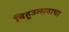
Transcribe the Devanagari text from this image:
बिहूउत्सवाचा